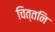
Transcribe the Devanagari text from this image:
चित्तनि